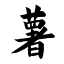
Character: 薯